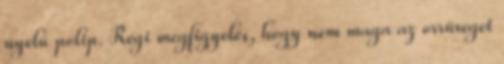
nyelű polip. Régi megfigyelés, hogy nem maga az orrüreget